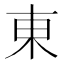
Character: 東